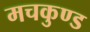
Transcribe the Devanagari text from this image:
मचकुण्ड